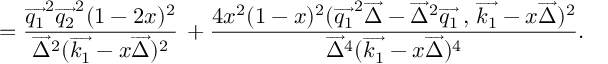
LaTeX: = \frac { \overrightarrow { q _ { 1 } } ^ { 2 } \overrightarrow { q _ { 2 } } ^ { 2 } ( 1 - 2 x ) ^ { 2 } } { \overrightarrow { \Delta } ^ { 2 } ( \overrightarrow { k _ { 1 } } - x \overrightarrow { \Delta } ) ^ { 2 } } \, + \frac { 4 x ^ { 2 } ( 1 - x ) ^ { 2 } ( \overrightarrow { q _ { 1 } } ^ { 2 } \overrightarrow { \Delta } - \overrightarrow { \Delta } ^ { 2 } \overrightarrow { q _ { 1 } } \, , \, \overrightarrow { k _ { 1 } } - x \overrightarrow { \Delta } ) ^ { 2 } } { \overrightarrow { \Delta } ^ { 4 } ( \overrightarrow { k _ { 1 } } - x \overrightarrow { \Delta } ) ^ { 4 } } .